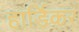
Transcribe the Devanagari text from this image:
हार्डिकर